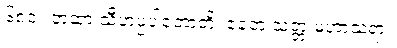
၆၈၀။ တထာ သီဟပ္ပပါတောတိ၊ ဧတေ သတ္တ မဟာသရာ။